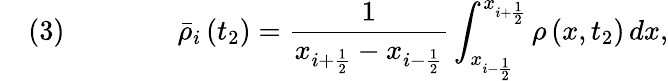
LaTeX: \quad(3)\qquad\qquad{\bar{\rho}}_{i}\left(t_{2}\right)={\frac{1}{x_{i+{\frac{1}{2}}}-x_{i-{\frac{1}{2}}}}}\int_{x_{i-{\frac{1}{2}}}}^{x_{i+{\frac{1}{2}}}}\rho\left(x,t_{2}\right)\, dx,